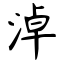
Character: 淖